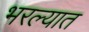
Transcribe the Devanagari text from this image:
भरल्यात